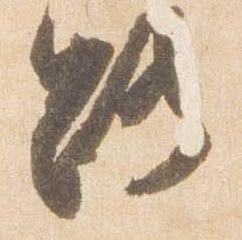
路